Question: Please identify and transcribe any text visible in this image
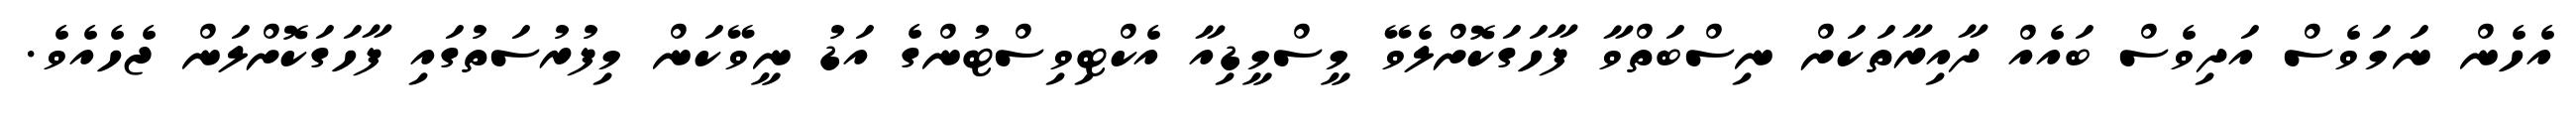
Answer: އެހެން ނަމަވެސް އަދިވެސް ބައެއް ދާއިރާތަކަށް ނިސްބަތްވާ ފާހަގަކޮށްލެވޭ މީސްމީޑިއާ އެކްޓިވިސްޓުންގެ އަޑު ނީވޭކަން މިފުރުސަތުގައި ފާހަގަކޮށްލަން ޖެހެއެވެ.